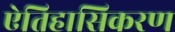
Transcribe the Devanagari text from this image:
ऐतिहासिकरण